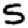
Digit: 5